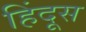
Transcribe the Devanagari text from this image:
हिंदूस